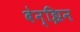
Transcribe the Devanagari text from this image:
बेन्झिन